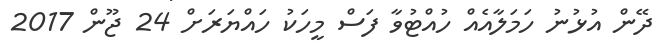
ދޭން އުޅުނު ހަމަލާއެއް ހުއްޓުވާ ފަސް މީހަކު ހައްޔަރަށް 24 ޖޫން 2017